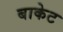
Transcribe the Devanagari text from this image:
बाकेट